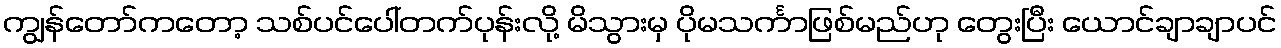
ကျွန်တော်ကတော့ သစ်ပင်ပေါ်တက်ပုန်းလို့ မိသွားမှ ပိုမသင်္ကာဖြစ်မည်ဟု တွေးပြီး ယောင်ချာချာပင်